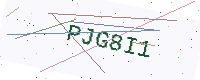
Text: PJG8I1